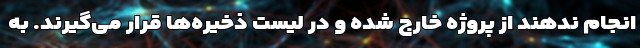
انجام ندهند از پروژه خارج شده و در لیست ذخیره‌ها قرار می‌گیرند. به